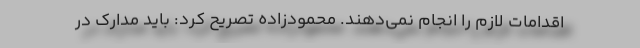
اقدامات لازم را انجام نمی‌دهند. محمودزاده تصریح کرد: باید مدارک در